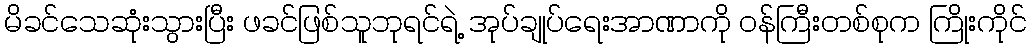
မိခင်သေဆုံးသွားပြီး ဖခင်ဖြစ်သူဘုရင်ရဲ့ အုပ်ချုပ်ရေးအာဏာကို ဝန်ကြီးတစ်စုက ကြိုးကိုင်